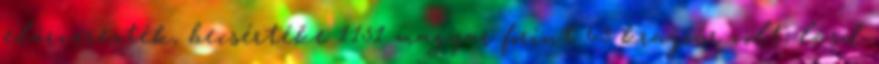
elárverezték, becsértéke 1151 magyar forint 63 krajcár volt; lásd